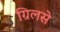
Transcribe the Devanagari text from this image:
ग्रिलसे